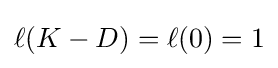
\ell (K-D)=\ell (0)=1